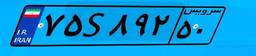
۷۵S۸۹۲۵۰